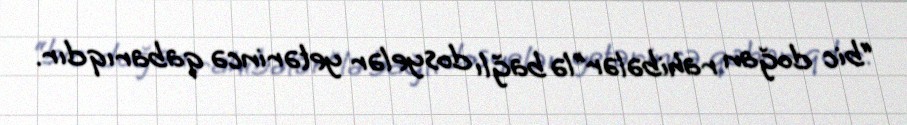
“bic doğan rahibələr”lə bağlı dosyelər yetərincə qabarıqdır.